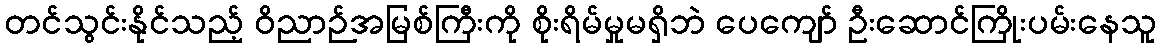
တင်သွင်းနိုင်သည့် ဝိညာဉ်အမြစ်ကြီးကို စိုးရိမ်မှုမရှိဘဲ ပေကျော် ဦးဆောင်ကြိုးပမ်းနေသူ